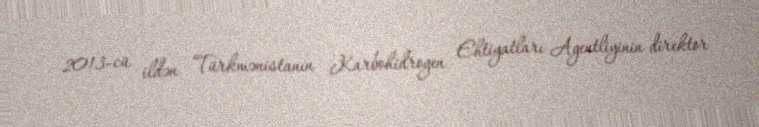
2013-cü ildən Türkmənistanın Karbohidrogen Ehtiyatları Agentliyinin direktor